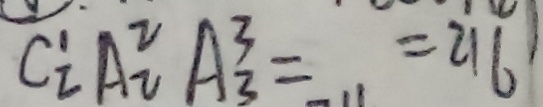
C _ { 2 } ^ { 1 } A _ { 2 } ^ { 2 } A _ { 3 } ^ { 3 } = = 2 1 6